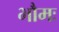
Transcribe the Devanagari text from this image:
भौमः